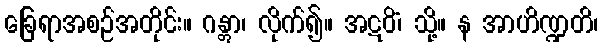
ခြေရာအစဉ်အတိုင်း။ ဂန္တွာ၊ လိုက်၍။ အဋဝိံ၊ သို့။ န အာဟိဏ္ဍတိ၊